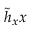
\tilde { h } _ { x } x